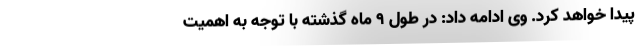
پیدا خواهد کرد. وی ادامه داد: در طول ۹ ماه گذشته با توجه به اهمیت